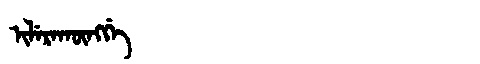
Manchu: ᡳᠯᡝᡵᠠᡴᡡᠩᡤᡝ
Romanization: ILERAKŪNGGE